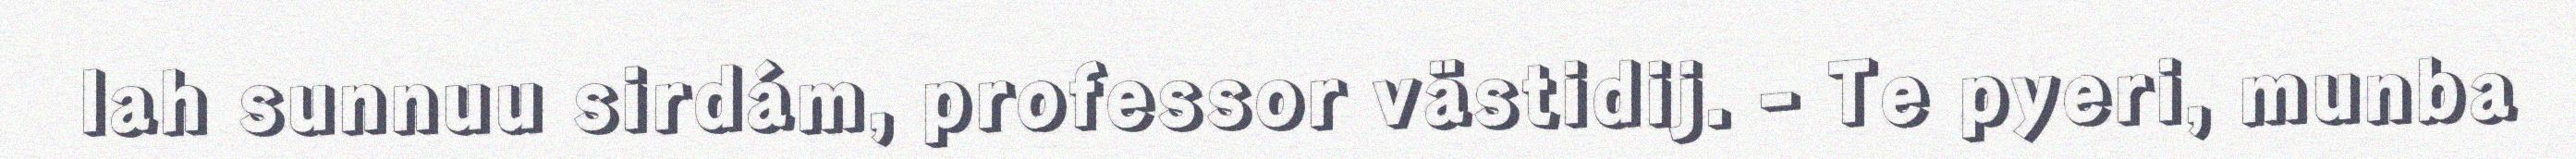
lah sunnuu sirdám, professor västidij. - Te pyeri, munba